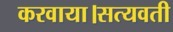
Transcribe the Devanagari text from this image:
करवाया।सत्यवती